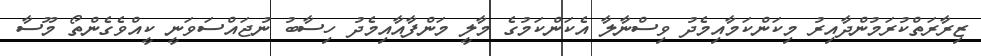
ޒިރާރަތްކުރަމުންދާއިރު މިކަންކަމާއިމެދު ވިސްނާލާ އެކަންކަމުގެ މާލީ މަންފާއާއިމެދު ހިސާބު ނުޖައްސަވަނީ ކީއްވެގެންތޯ މޫސާ